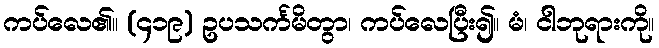
ကပ်လေ၏။ (၄၁၉) ဥပသင်္ကမိတွာ၊ ကပ်လေပြီး၍။ မံ၊ ငါဘုရားကို။